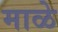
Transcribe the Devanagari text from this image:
माळे